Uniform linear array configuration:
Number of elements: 64
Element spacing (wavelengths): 0.5
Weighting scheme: binomial
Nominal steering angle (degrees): -45
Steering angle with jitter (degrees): -44.465
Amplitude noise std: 0.05
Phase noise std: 0.05

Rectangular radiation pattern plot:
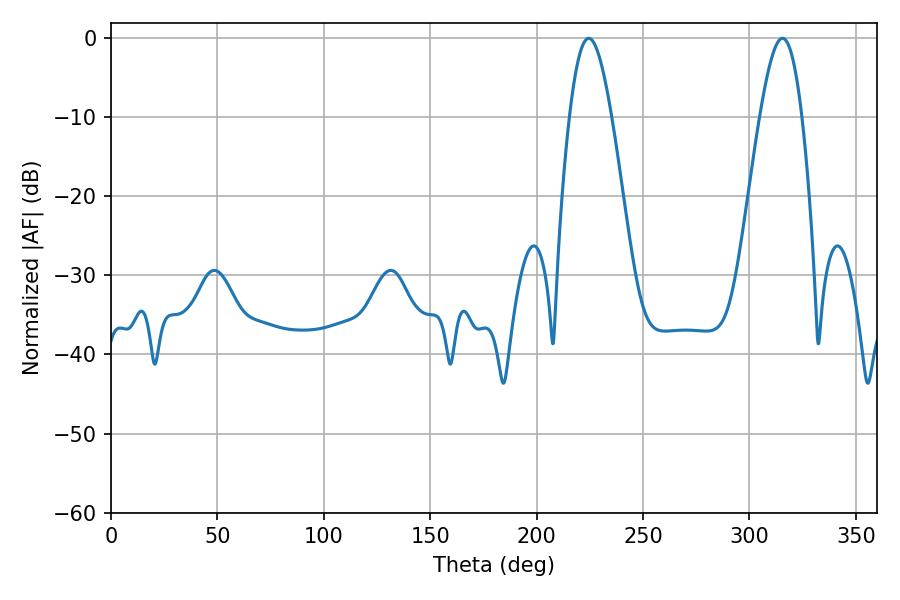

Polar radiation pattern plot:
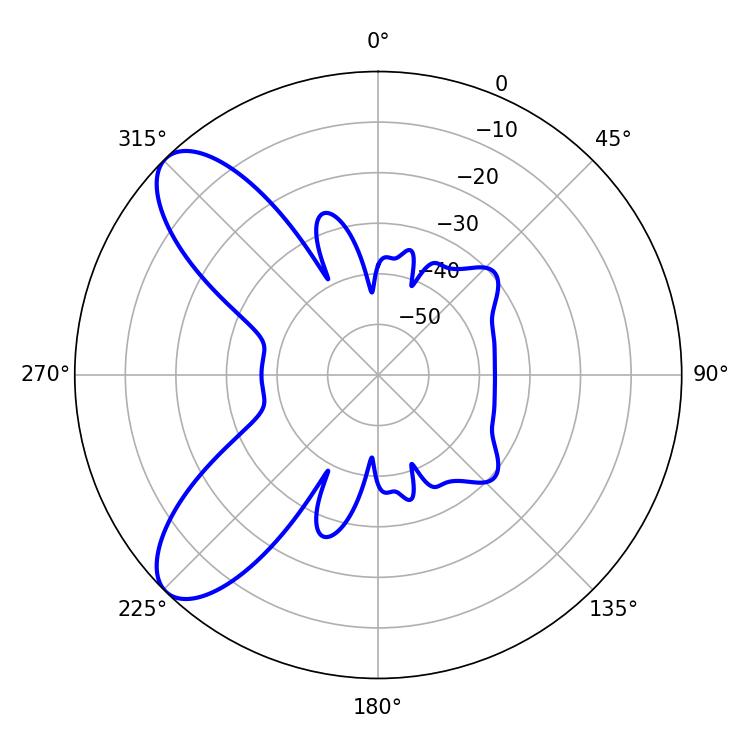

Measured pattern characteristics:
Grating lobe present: FALSE
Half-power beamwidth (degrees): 10.62
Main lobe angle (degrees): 224.46